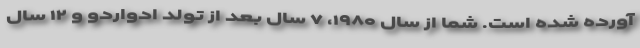
آورده شده است. شما از سال ۱۹۸۰، ۷ سال بعد از تولد ادواردو و ۱۲ سال